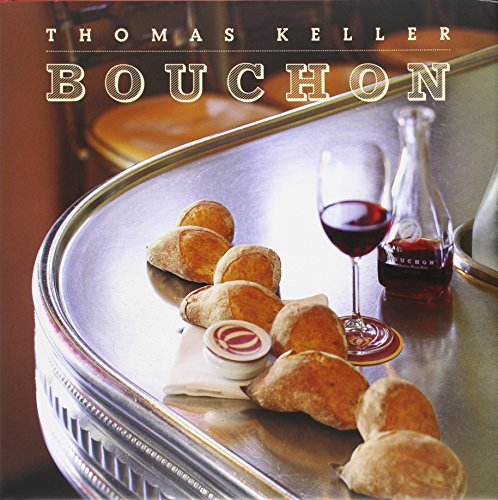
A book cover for Bouchon; Thomas Keller; Cookbooks, Food & Wine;